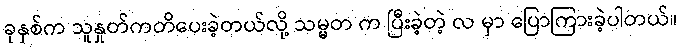
ခုနှစ်က သူနှုတ်ကတိပေးခဲ့တယ်လို့ သမ္မတ က ပြီးခဲ့တဲ့ လ မှာ ပြောကြားခဲ့ပါတယ်။